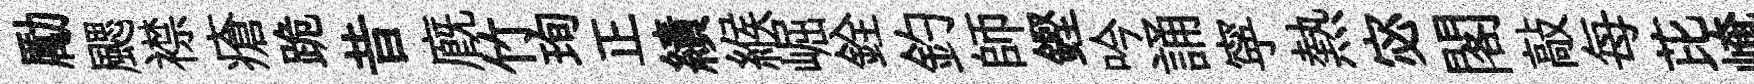
勵颸襟瘡跪昔廐竹珣正績緱崛銓釣師鏗吟誦寜熱宓閣敲每芘崦